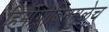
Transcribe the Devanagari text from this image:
हिमोग्लोबिनमुळेच